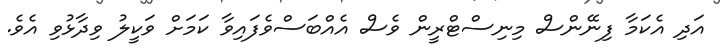
އަދި އެކަމާ ފިނޭންސް މިނިސްޓްރީން ވެސް އެއްބަސްވެފައިވާ ކަމަށް ވަކީލު ވިދާޅުވި އެވެ.